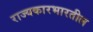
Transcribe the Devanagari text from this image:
राज्यकारभारतील